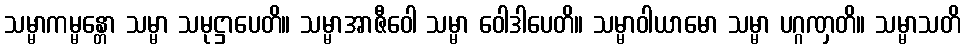
သမ္မာကမ္မန္တော သမ္မာ သမုဋ္ဌာပေတိ။ သမ္မာအာဇီဝေါ သမ္မာ ဝေါဒါပေတိ။ သမ္မာဝါယာမော သမ္မာ ပဂ္ဂဏှတိ။ သမ္မာသတိ